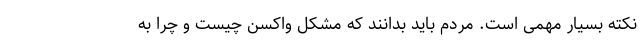
نکته بسیار مهمی است. مردم باید بدانند که مشکل واکسن چیست و چرا به